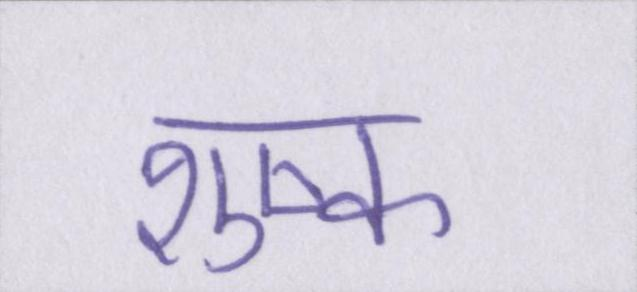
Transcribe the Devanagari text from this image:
शुष्क